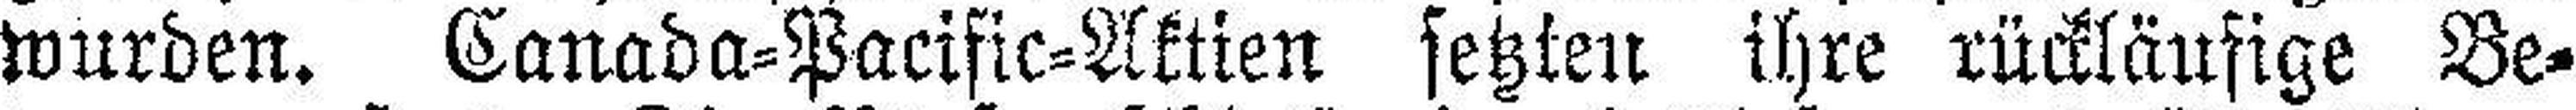
wurden. Canada=Pacific=Aktien setzten ihre rückläufige Be¬